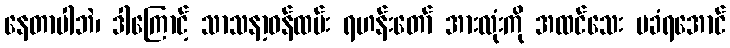
နေတာပါဘဲ၊ ဒါကြောင့် သာသနာ့ဝန်ထမ်း ရဟန်းတော် အားလုံးကို အထင်သေး မခံရအောင်